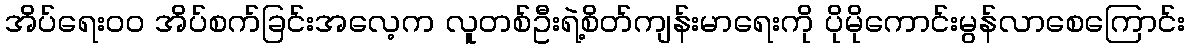
အိပ်ရေးဝဝ အိပ်စက်ခြင်းအလေ့က လူတစ်ဦးရဲ့စိတ်ကျန်းမာရေးကို ပိုမိုကောင်းမွန်လာစေကြောင်း